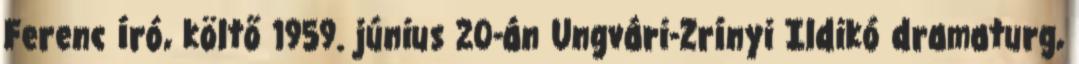
Ferenc író, költő 1959. június 20-án Ungvári-Zrínyi Ildikó dramaturg,